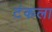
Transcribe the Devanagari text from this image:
टंकला